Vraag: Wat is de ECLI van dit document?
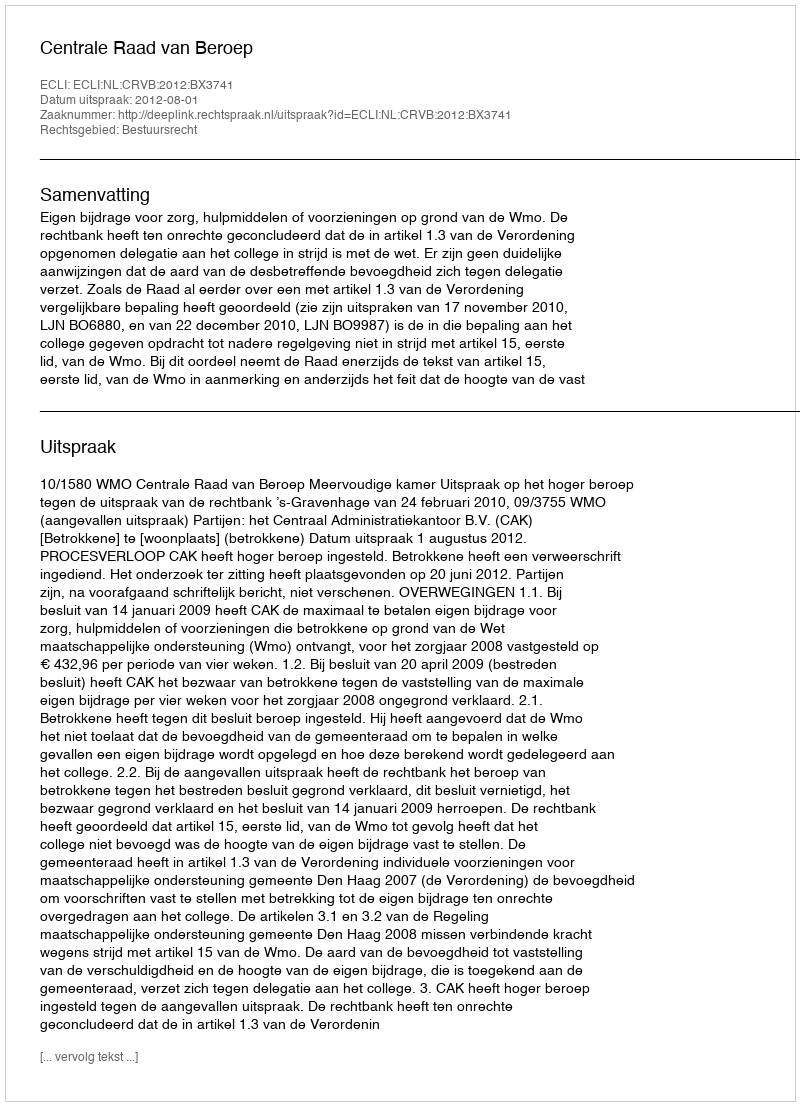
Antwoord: ECLI:NL:CRVB:2012:BX3741